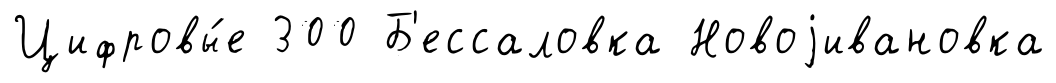
Цифровы́е 300 Б'ессаловка Новоjивановка